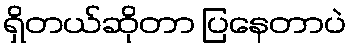
ရှိတယ်ဆိုတာ ပြနေတာပဲ